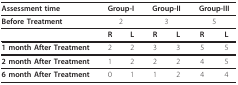
| Assessment time | <COLSPAN=2> Group-I | <COLSPAN=2> Group-II | <COLSPAN=2> Group-III |
 | --- | --- | --- | --- | --- | --- | --- |
 | Before Treatment | <COLSPAN=2> 2 | <COLSPAN=2> 3 | <COLSPAN=2> 5 |
 |  | R | L | R | L | R | L |
 | 1 month After Treatment | 2 | 2 | 3 | 3 | 5 | 5 |
 | 2 month After Treatment | 1 | 2 | 2 | 2 | 4 | 5 |
 | 6 month After Treatment | 0 | 1 | 1 | 2 | 4 | 4 |